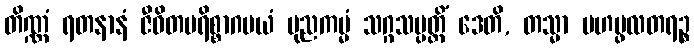
တိဏ္ဏံ ရတနာနံ ဇီဝိတပရိစ္စာဂမယံ ပုညကမ္မံ သဂ္ဂသမ္ပတ္တိံ ဒေတိ, တသ္မာ မဟပ္ဖလတရဉ္စ